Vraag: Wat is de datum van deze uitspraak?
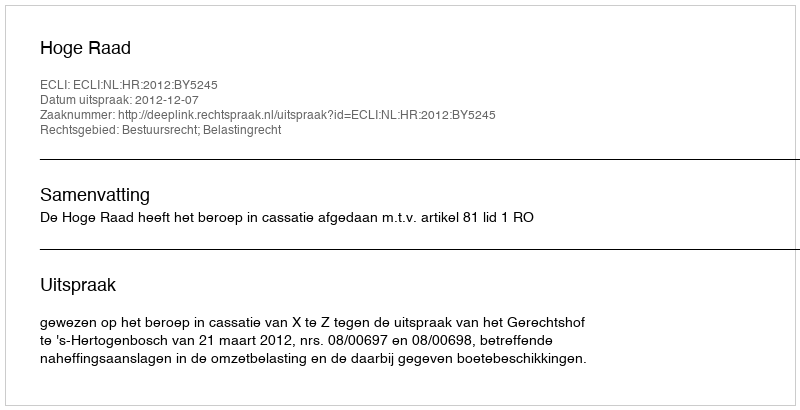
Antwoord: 2012-12-07